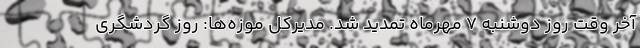
آخر وقت روز دوشنبه ۷ مهرماه تمدید شد. مدیرکل موزه‌ها: روز گردشگری